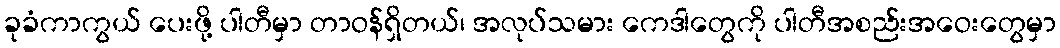
ခုခံကာကွယ် ပေးဖို့ ပါတီမှာ တာဝန်ရှိတယ်၊ အလုပ်သမား ကေဒါတွေကို ပါတီအစည်းအဝေးတွေမှာ